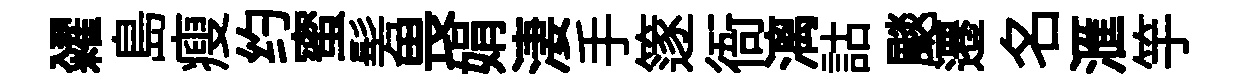
糴島瘦约蜜髣畏娟淒手篴衙漓詁颷遷名滙竽